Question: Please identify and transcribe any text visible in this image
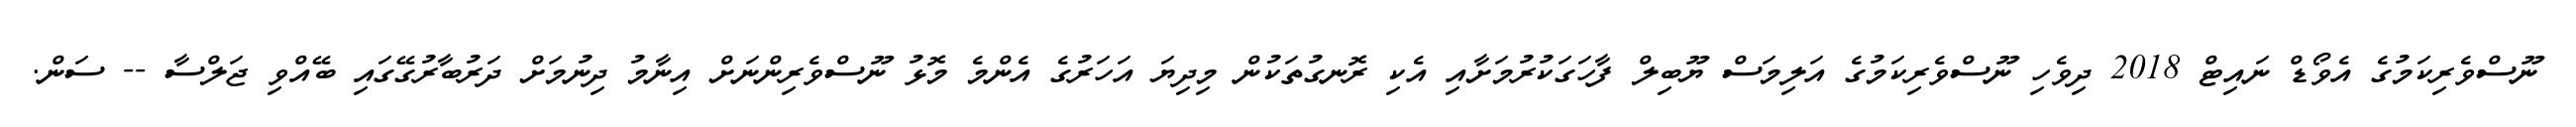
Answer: ނޫސްވެރިކަމުގެ އެވޯޑް ނައިޓް 2018 ދިވެހި ނޫސްވެރިކަމުގެ އަލިމަސް ޔޫބިލް ފާހަގަކުރުމަށާއި އެކި ރޮނގުތަކުން މިދިޔަ އަހަރުގެ އެންމެ މޮޅު ނޫސްވެރިންނަށް އިނާމު ދިނުމަށް ދަރުބާރުގޭގައި ބޭއްވި ޖަލްސާ -- ސަން.